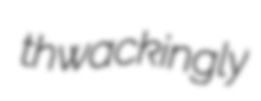
thwackingly